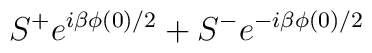
S^+ e^{i\beta \phi (0) /2 } + S^- e^{-i\beta \phi (0) /2 }